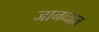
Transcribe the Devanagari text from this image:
जानव्यात